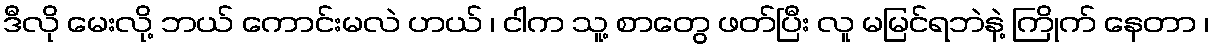
ဒီလို မေးလို့ ဘယ် ကောင်းမလဲ ဟယ် ၊ ငါက သူ့ စာတွေ ဖတ်ပြီး လူ မမြင်ရဘဲနဲ့ ကြိုက် နေတာ ၊